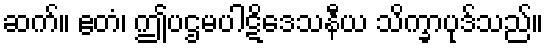
ဆက်။ ဧတံ၊ ဤပဌမပါဋိဒေသနီယ သိက္ခာပုဒ်သည်။